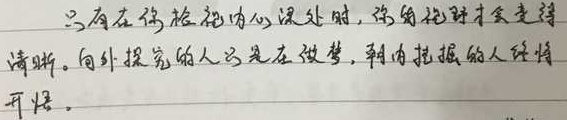
只有在你检视内心深处时，你的视野才会变得清晰。向外探索的人只是在做梦，朝内挖掘的人终得开悟。